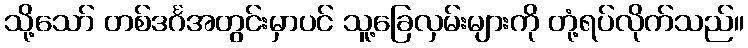
သို့သော် တစ်ဒင်္ဂအတွင်းမှာပင် သူ့ခြေလှမ်းများကို တုံ့ရပ်လိုက်သည်။